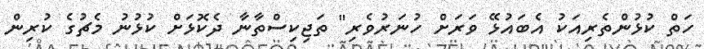
ހަތް ކުޅުންތެރިއަކު އެބައުޅޭ ވަރަށް ހުނަރުވެރި" ތަޖިކިސްތާނާ ދެކޮޅަށް ކުޅުނު މެޗުގެ ކުރިން